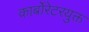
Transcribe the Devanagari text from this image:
कार्बोरेटरयुक्त